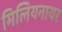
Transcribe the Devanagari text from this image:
मिलियनायर